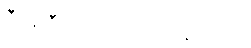
ဒီရေဒီယိုပေါ့။ ပျက်နေတယ်။